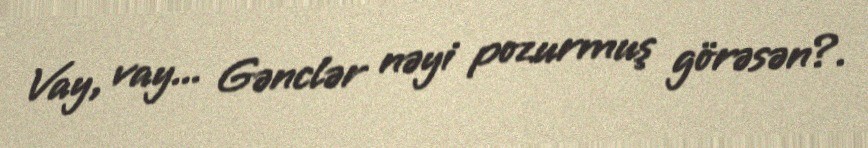
Vay, vay... Gənclər nəyi pozurmuş görəsən?.